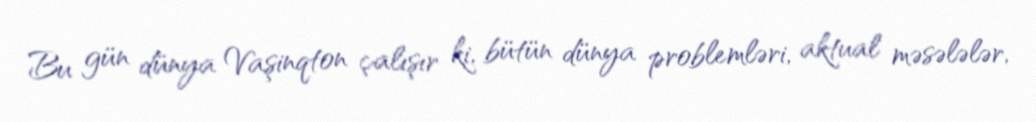
Bu gün dünya Vaşinqton çalışır ki, bütün dünya problemləri, aktual məsələlər,